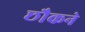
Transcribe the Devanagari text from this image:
छौकने